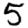
Digit: 5